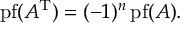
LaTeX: \operatorname { p f } ( A ^ { \mathrm { T } } ) = ( - 1 ) ^ { n } \operatorname { p f } ( A ) .